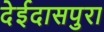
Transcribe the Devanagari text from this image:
देईदासपुरा